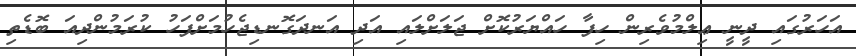
އަހަރުގައި ދީނީ ޢިލްމުވެރިން ހިފާ ހައްޔަރުކޮށް ޖަލަށްލައި އަދި އަނދަގޮނޑިޖެހުމަށްފަހު ކުރަމުންދިއަ ބޮޑެތި